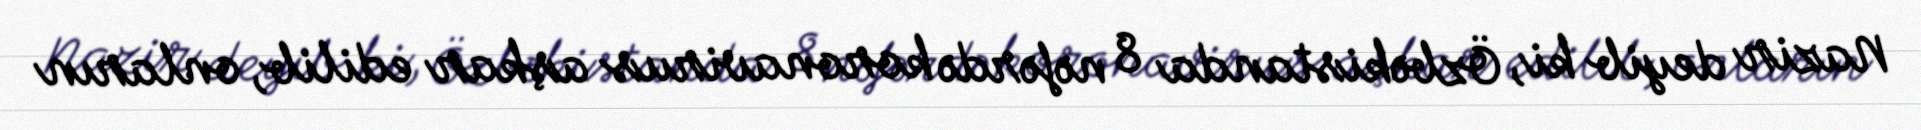
Nazir deyib ki, Özbəkistanda 8 nəfərdə koronavirus aşkar edilib, onların